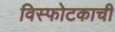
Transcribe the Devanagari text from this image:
विस्फोटकाची